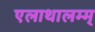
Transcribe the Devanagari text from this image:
एलाथालम्म्